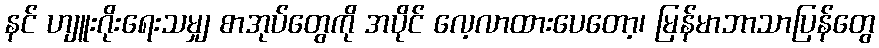
နင် ဟျူးဂိုးရေးသမျှ စာအုပ်တွေကို အပိုင် လေ့လာထားပေတော့၊ မြန်မာဘာသာပြန်တွေ